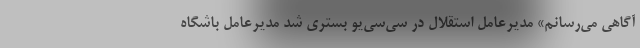
آگاهی می‌رسانم» مدیرعامل استقلال در سی‌سی‌یو بستری شد مدیرعامل باشگاه